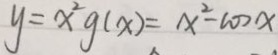
y = x ^ { 2 } g ( x ) = x ^ { 2 } - 1 0 2 x